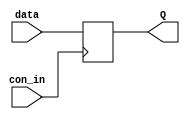
module CON_DFF(
 input wire data, con_in,
 output reg Q);

always @ (posedge con_in)begin
	#5 Q <= data;	
end
endmodule